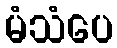
မံသံပေ